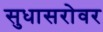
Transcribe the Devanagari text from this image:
सुधासरोवर